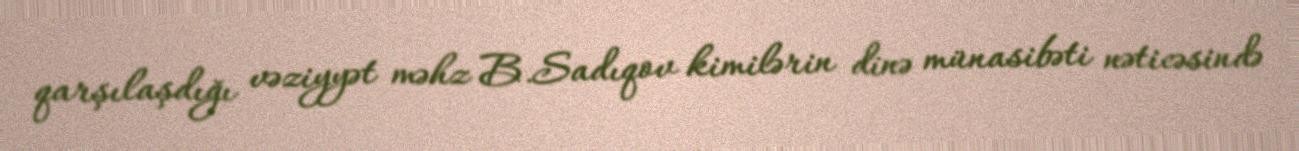
qarşılaşdığı vəziyyət məhz B.Sadıqov kimilərin dinə münasibəti nəticəsində